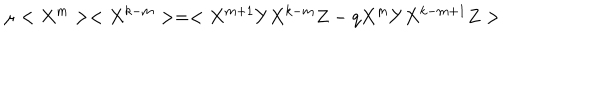
\mu < X ^ { m } > < X ^ { k - m } > = < X ^ { m + 1 } Y X ^ { k - m } Z - q X ^ { m } Y X ^ { k - m + 1 } Z >